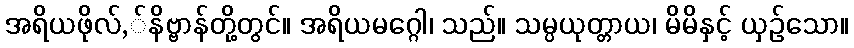
အရိယဖိုလ်,်နိဗ္ဗာန်တို့တွင်။ အရိယမဂ္ဂေါ၊ သည်။ သမ္ပယုတ္တာယ၊ မိမိနှင့် ယှဉ်သော။